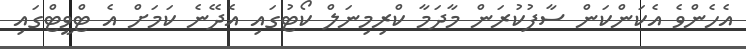
އެހެންވެ އެކަންކަން ސާފުކުރަން މާދަމާ ކްރިމިނަލް ކޯޓުގައި އެދޭނެ ކަމަށް އެ ޓްވީޓްގައި